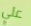
علي